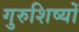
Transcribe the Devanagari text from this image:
गुरुशिष्यों